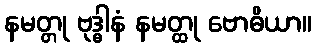
နမတ္တု ဗုဒ္ဓါနံ နမတ္ထု ဗောဓိယာ။